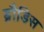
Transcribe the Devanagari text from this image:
ब्रौडिस